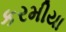
કરમીયા